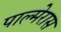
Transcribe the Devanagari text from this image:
पाल्मेरास